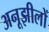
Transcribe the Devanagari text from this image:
अनूझीलों